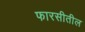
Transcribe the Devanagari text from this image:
फारसीतील